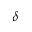
\delta